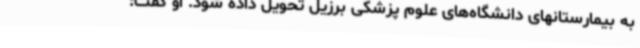
به بیمارستانهای دانشگاه‌های علوم پزشکی برزیل تحویل داده شود. او گفت: